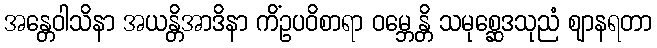
အန္တေဝါသိနာ အယန္တိအာဒိနာ ကိံဥပဝိစာရာ ဝမ္ဘေန္တိ သမုစ္ဆေဒသုညံ ဈာနရတာ